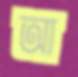
আ